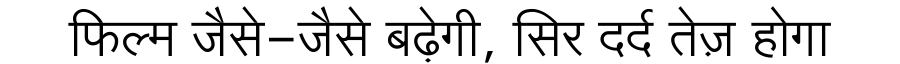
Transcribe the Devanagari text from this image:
फिल्म जैसे-जैसे बढ़ेगी, सिर दर्द तेज़ होगा